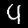
Label: 4